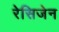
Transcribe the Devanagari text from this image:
रेसिजेन